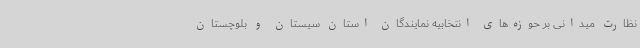
نظارت میدانی بر حوزه‌های انتخابیه نمایندگان استان سیستان و بلوچستان